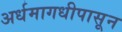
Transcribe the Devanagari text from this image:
अर्धमागधीपासून